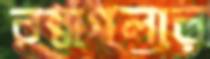
বন্ধগলার